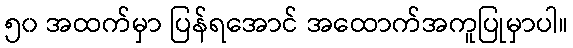
၅၀ အထက်မှာ ပြန်ရအောင် အထောက်အကူပြုမှာပါ။